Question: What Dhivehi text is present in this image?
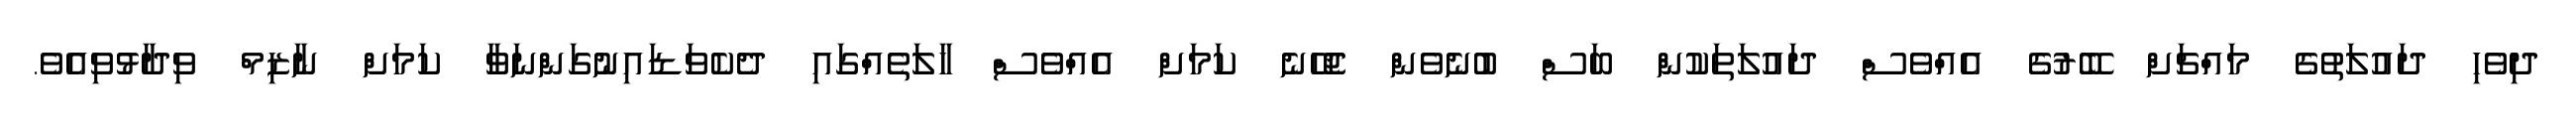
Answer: ދިވެހި ދައުލަތުގެ މައްޗަށް ބޭރުގެ އެއްވެސް ދައުލަތަކުން ބަސް ބުނެވެން ޖެހޭނެ ކަމަށް އެއްވެސް ހާލަތެއްގައި ދެކެވަޑައިނުގަންނަވާ ކަމަށް ނާޒިމް ވިދާޅުވިއެވެ.